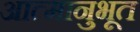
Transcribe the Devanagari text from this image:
आत्मानुभूत